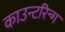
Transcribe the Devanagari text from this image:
काउन्टरिन्ग